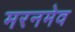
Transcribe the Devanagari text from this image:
मरनमेव